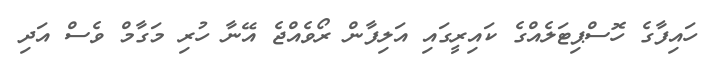
ހައިފާގެ ހޮސްޕިޓަލެއްގެ ކައިރީގައި އަލިފާން ރޯވެއްޖެ އޭނާ ހުރި މަގާމް ވެސް އަދި